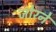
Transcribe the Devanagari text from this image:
जोरने